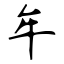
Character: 牟